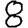
Digit: 8